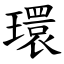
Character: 環